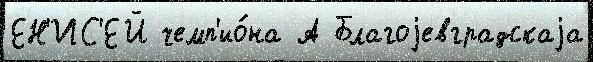
ЕН'ИС'ЕЙ чемп'ио́на А Благоjевградскаjа